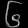
Digit: ၆